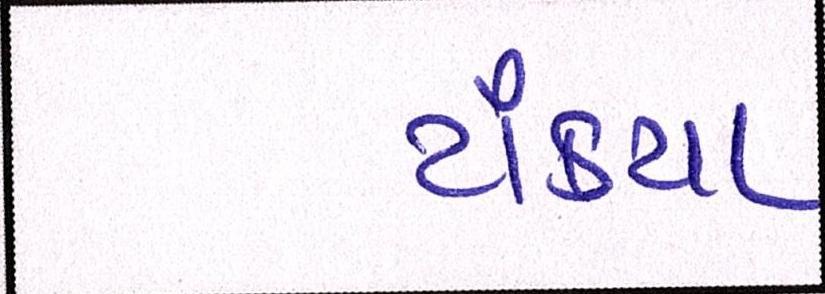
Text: ટાંક્યા